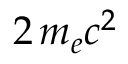
2 \, m _ { e } c ^ { 2 }